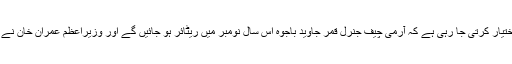
اس تناظر میں یہ بات بھی اہمیت اختیار کرتی جا رہی ہے کہ آرمی چیف جنرل قمر جاوید باجوہ اس سال نومبر میں ریٹائر ہو جائیں گے اور وزیراعظم عمران خان نے نئے آرمی چیف کا تقرر کرنا ہے۔